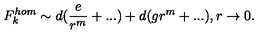
F _ { k } ^ { h o m } \sim d ( \frac { e } { r ^ { m } } + . . . ) + d ( g r ^ { m } + . . . ) , r \rightarrow 0 .